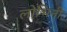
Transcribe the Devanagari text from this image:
लोभिनी